Annual report of the Punjab Veterinary College and of the Civil Veterinary Department, Punjab - 1909-1919
Year: 1909
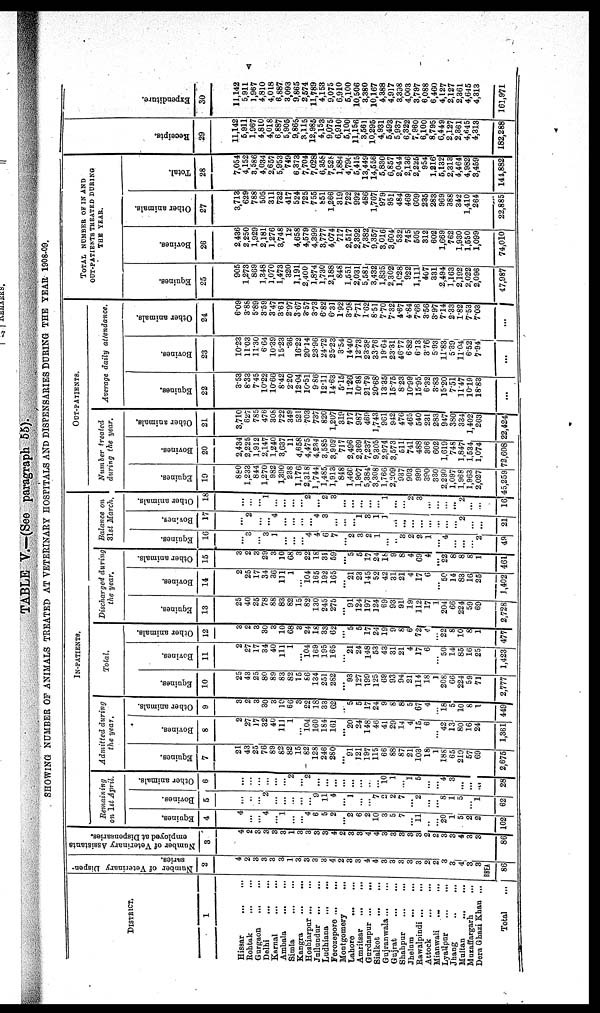
v
TABLE V.—(See paragraph 55).
SHOWING NUMBER OF ANIMALS TREATED AT VETERINARY HOSPITALS AND DISPENSARIES DURING THE YEAR 1908-09.
DISTRICT.
1
Hissar ... ...
Rohtak
...
...
Gurgaon ... ...
Delhi
... ...
Karnal
...
...
Ambala
...
...
Simle ... ...
Kangra
...
...
Hoshiarpur ...
...
Jullundur ...
...
Ludhiana
...
...
Ferozepore ...
...
Montgomery
...
Lahore
...
...
Amritsar
...
...
Gurdaspur ...
...
Sialkot
...
...
Gujranwala ...
...
Gujrat
...
...
Shahpur
...
...
Jhelum
...
...
Rawalpindi ...
...
Attock
...
...
Mianwali
...
...
Lyallpur
...
...
Jhang
..
...
Multan
...
...
Muzaffargarh ...
Dera Ghazi Khan ...
Total
...
Number of Veterinary Dispen-
saries.
2
4
2
3
3
3
3
1
3
3
3
3
4
2
3
3
4
4
3
3
3
3
3
2
2
3
3
4
3
3
BBEA
86
Number of Veterinary Assistants
employed at Dispensaries.
3
4
2
3
3
3
3
1
3
3
3
3
4
2
3
3
4
4
3
3
3
3
3
2
2
3
3
4
3
3
86
IN-PATIENTS.
Remaining
on 1st April.
Equines.
4
4
...
...
4
...
1
...
...
4
6
5
2
...
2
6
2
10
3
5
7
...
11
...
...
20
1
5
2
2
102
Bovines.
5
...
...
...
2
...
...
...
...
...
9
11
4
...
1
...
...
7
2
2
7
...
2
...
...
8
1
5
...
1
62
Other animals.
6
...
...
...
...
...
...
2
...
2
...
...
...
...
...
...
...
...
10
1
...
1
5
...
...
4
3
...
...
....
28
Admitted during the year.
Equines.
7
21
43
25
76
89
82
82
15
82
128
246
280
...
91
321
197
115
66
88
87
21
103
18
1
188
65
219
57
69
2,675
Bovines.
8
2
27
17
32
40
111
1
...
104
160
184
161
...
20
24
148
46
41
29
14
4
15
6
...
42
13
80
16
24
1,361
Other animals.
9
3
2
3
30
3
10
66
3
22
18
33
62
...
5
5
17
24
9
8
8
5
67
4
...
18
5
10
8
1
449
Total.
Equines.
10
25
43
25
80
89
83
82
15
86
134
251
282
...
93
127
199
125
69
93
94
21
114
18
1
208
66
224
59
71
2,777
Bovines.
11
2
27
17
34
40
111
1
...
104
169
195
165
...
21
24
148
53
43
31
21
4
17
6
...
50
14
85
16
25
1,423
Other animals.
12
3
2
3
30
3
10
68
3
24
18
33
62
...
5
5
17
24
19
9
8
6
72
4
...
22
8
10
8
1
477
Discharged during
the year.
Equines.
13
25
40
25
78
88
83
82
15
82
130
245
275
...
91
124
197
124
69
93
91
19
112
17
1
204
66
224
59
69
2,728
Bovines.
14
2
25
17
34
36
111
1
...
104
165
192
165
...
21
23
145
52
42
31
21
4
17
6
...
50
14
83
16
25
1,402
Other animals.
15
3
2
3
29
3
10
68
3
22
18
31
59
...
5
5
17
24
18 9
8
4
69
4
...
22
8
8
8
1
461
Balance on
31st March.
Equines.
16
...
3
...
3
1
...
...
...
4
4
6
7
...
2
3
2
1
...
...
3
2
2
1
...
4
...
...
...
2
49
Bovines.
17
...
2
...
...
4
...
...
...
...
4
3
...
...
1
3
1
1
...
...
...
...
...
...
...
...
2
...
...
21
Other animals.
18
...
...
...
1
...
...
...
...
2
...
2
3
...
...
...
...
...
1
...
...
2
3
...
...
...
...
2
...
...
16
OUT-PATIENTS.
Number treated
during the year.
Equines.
19
880
1,233
844
1,270
982
1,390
238
1,176
2,318
1,744
1,485
1,913
848
1,460
1,907
5,384
3,308
1,766
2,209
937
903
999
390
330
2,290
1,097
1,968
1,963
2,027
45,259
Bovines.
20
2,434
2,225
1,912
2,147
1,240
3,637
11
4,658
4,475
4,234
3,585
3,909
717
2,496
2,369
7,237
9,305
2,974
3,573
511
741
488
306
602
1,619
748
1,8471
1,534
1,074
72,608
Other animals.
21
3,710
627
785
476
308
722
349
521
703
737
820
1,207
319
717
987
469
1,743
961
942
476
465
540
231
283
947
380
334
1,402
263
22,424
Average daily attendance.
Equines.
22
3.53
8.33
7.45
10.22
10.60
8.42
2.20
12.04
10.51
9.86
12.11
14.63
5.15
11.26
10.98
21.79
20.68
1335
15.75
823
10.99
15.95
6.32
3.83
15.20
7.51
11.47
10.19
18.83
...
Bovines.
23
10.23
11.03
11.30
6.64
10.39
15.23
.36
16.22
20.14
23.96
24.72
25.23
3.54
14.40
12.73
23.38
33.76
19.64
23.31
46.77
6.82
6.13
3.76
5.93
11.83
5.39
11.04
6.52
7.94
...
Other animals.
24
6.09
3.88
5.89
3.59
3.47
3.61
2.97
3.67
3.57
3.73
6.82
6.31
1.92
3.98
7.71
1.62
8.51
7.70
7.32
4.67
4.84
7.66
3.56
3.97
7.14
2.33
1.82
7.53
7.03
...
TOTAL NUMBER OF IN AND
OUT-PATIENTS TREATED DURING
THE YEAR.
Equines.
25
905
1,273
869
1,348
1,070
1,473
320
1,191
2,400
1,874
1,730
2,188
848
1,551
2,031
5,581
3,432
1,835
2,302
1,028
922
1,111
407
331
2,494
1,163
2,192
2,022
2,096
47,987
Bovines.
26
2,436
2,250
1,929
2,181
1,276
3,748
12
4,658
4,579
4,399
3,777
4,074
717
2,517
2,392
7,382
9,357
3,016
3,604
532
745
505
312
602
1,669
762
1,930
1,550
1,099
74,010
Other animals.
27
3,713
629
788
505
311
732
417
524
725
755
851
1,266
319
722
992
486
1,767
979
951
484
469
609
235
283
969
388
342
1,410
264
22,885
Total.
28
7,054
4,152
3,586
4,034
2,657
5,953
749
6,373
7,704
7,028
6,358
7,528
1,884
4,790
5,415
13,449
14,556
5,830
6,857
2,044
2,136
2,225
954
1,216
5,132
2,313
4,464
4,982
3,459
144,882
Recei pt s .
29
11,142
5,911
1,967
4,810
4,018
6,887
5,905
9,865
3,115
12,985
4,153
9,075
6,910
5,100
11,156
3,561
10,295
4,931
5,493
5,937
6,322
7,960
6,100
8,795
6,449
2,127
2,361
4,645
4,313
182,288
Expenditure.
30
11,142
5,911
1,967
4,810
4,018
6,887
3,093
9,865
2,574
11,789
4,153
9,075
6,910
5,100
10,506
3,380
10,167
4,388
4,917
3,398
4,003
3,797
6,088
6,460
4,127
2,127
2,361
4,645
4,313
161,971